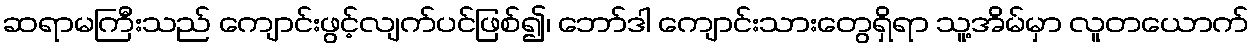
ဆရာမကြီးသည် ကျောင်းဖွင့်လျက်ပင်ဖြစ်၍၊ ဘော်ဒါ ကျောင်းသားတွေရှိရာ သူ့အိမ်မှာ လူတယောက်